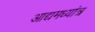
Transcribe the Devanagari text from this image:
आद्यमध्यांत्र